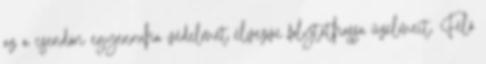
az a csendőri egyenruha védelmét élvezve folytathassa üzelmeit. Félő